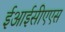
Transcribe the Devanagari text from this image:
ईआईसीएएस